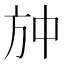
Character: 𭤫